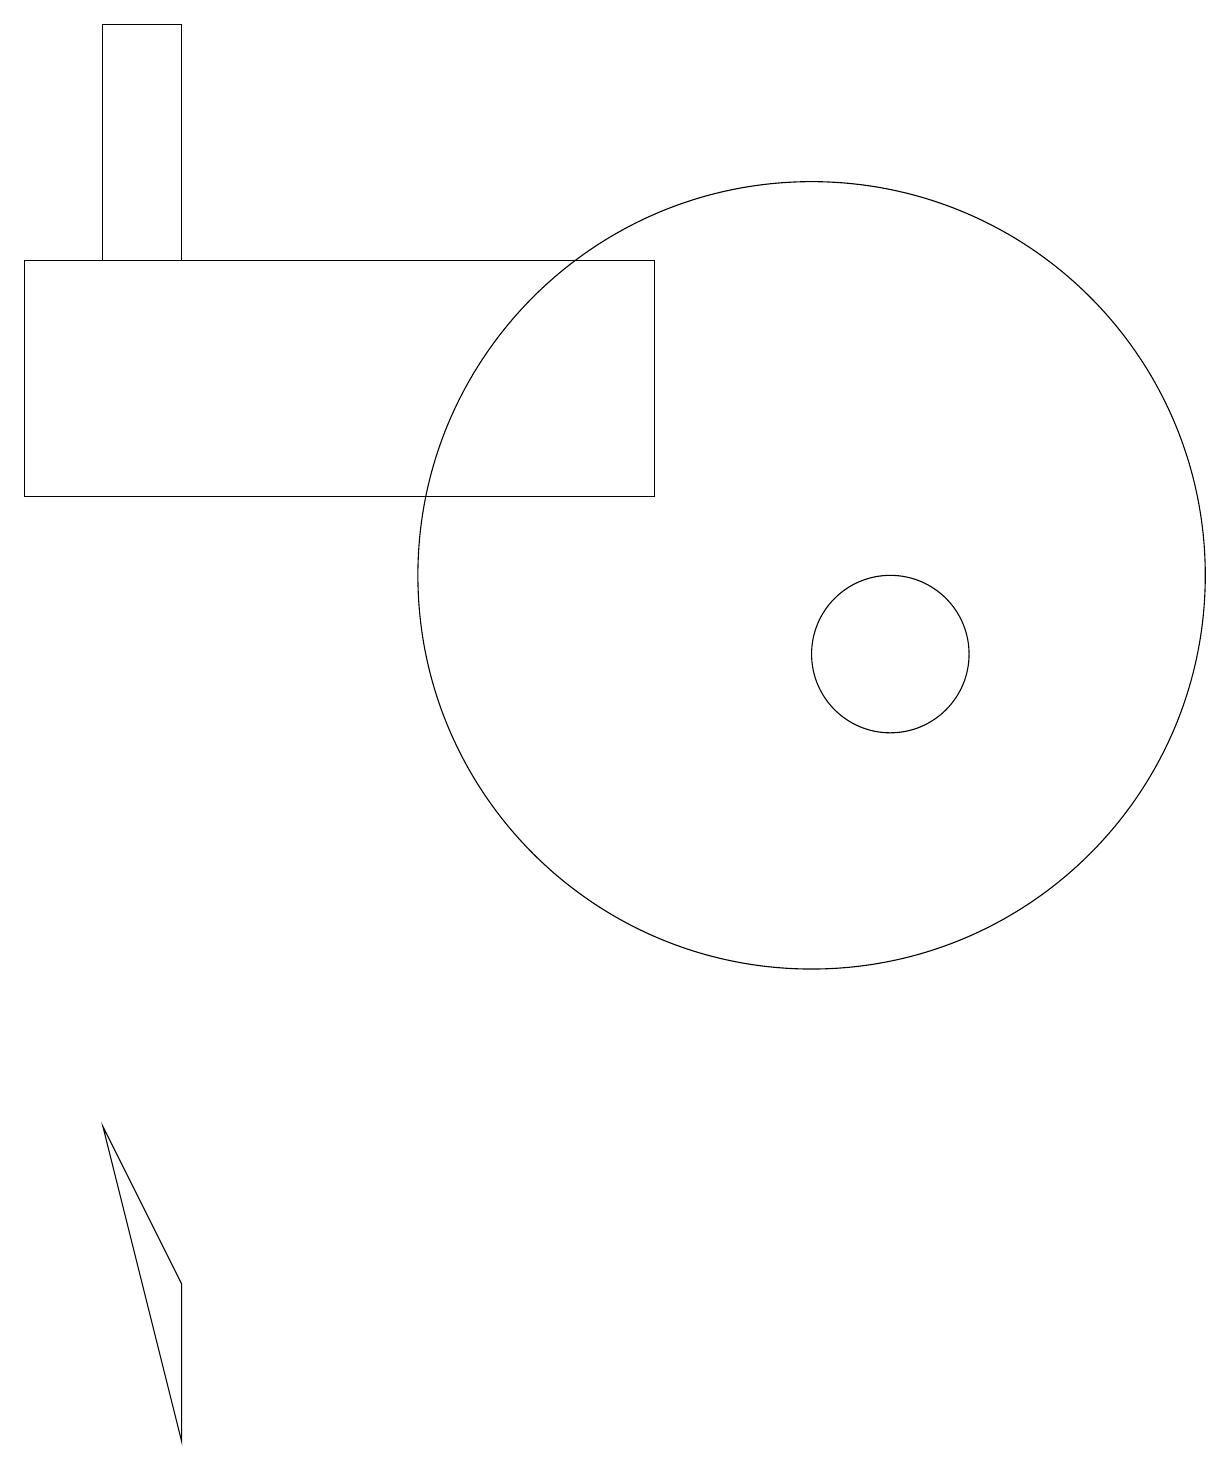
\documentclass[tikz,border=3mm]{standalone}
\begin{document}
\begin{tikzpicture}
\draw (1,5) -- (2,3) -- (2,1) -- cycle;
\draw (8,16) rectangle (0,13);
\draw (10,12) circle (5);
\draw (1,19) rectangle (2,16);
\draw (11,11) circle (1);
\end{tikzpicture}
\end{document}